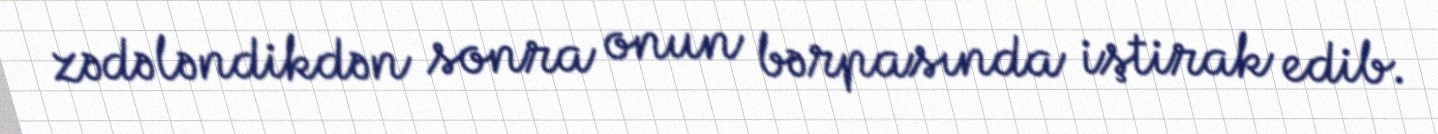
zədələndikdən sonra onun bərpasında iştirak edib.